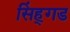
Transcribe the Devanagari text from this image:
सिंह्गड